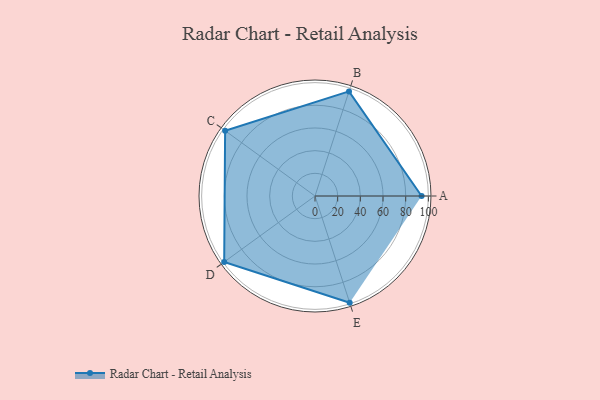
{"axis": {"x": "Skill", "y": "Score"}, "legend": ["Profile"], "data": [{"x": "A", "y": 94.0, "type": "Profile"}, {"x": "B", "y": 97.0, "type": "Profile"}, {"x": "C", "y": 98.0, "type": "Profile"}, {"x": "D", "y": 99, "type": "Profile"}, {"x": "E", "y": 99, "type": "Profile"}]}